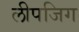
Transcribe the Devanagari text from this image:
लीपजिग